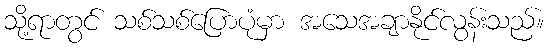
သို့ရာတွင် သစ်သစ်ပြောပုံမှာ အသေအချာနိုင်လွန်းသည်။